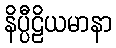
နိပ္ပီဠိယမာနာ